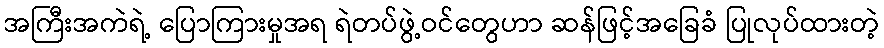
အကြီးအကဲရဲ့ ပြောကြားမှုအရ ရဲတပ်ဖွဲ့ဝင်တွေဟာ ဆန်ဖြင့်အခြေခံ ပြုလုပ်ထားတဲ့